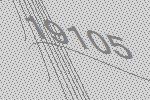
19105